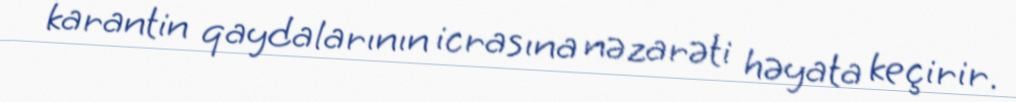
karantin qaydalarının icrasına nəzarəti həyata keçirir.